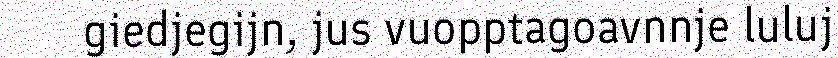
giedjegijn, jus vuopptagoavnnje luluj